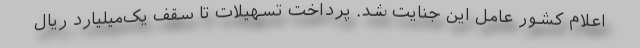
اعلام کشور عامل این جنایت شد. پرداخت تسهیلات تا سقف یک‌میلیارد ریال